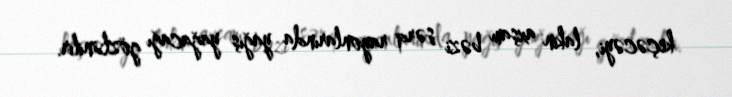
keçəcəyi, lakin axşam bəzi şərq rayonlarında yağış yağacağı gözlənilir.